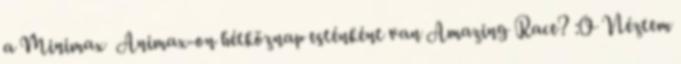
a Minimax Animax-on hétköznap esténként van Amazing Race? :O Néztem